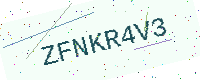
Text: ZFNKR4V3